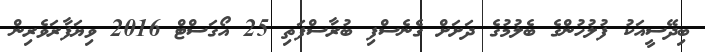
ބިދޭސީއަކު ފުލުހުންގެ ބެލުމުގެ ދަށަށް ގެނެސްފި ބުރާސްފަތި 25 އޯގަސްޓް 2016 ވިޔަފާރަވެރިން